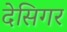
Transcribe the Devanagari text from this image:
देसिगर